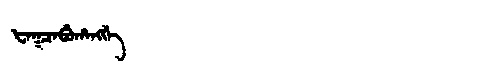
Manchu: ᡶᠠᡴᠴᠠᠪᡠᡥᠠᠩᡤᡝ
Romanization: FAKCABUHANGGE